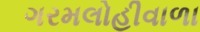
ગરમલોહીવાળા